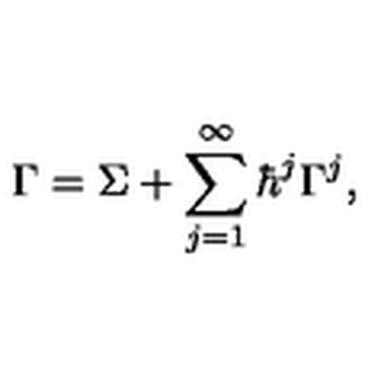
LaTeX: \Gamma = \Sigma + \sum _ { j = 1 } ^ { \infty } \hbar ^ { j } \Gamma ^ { j } ,